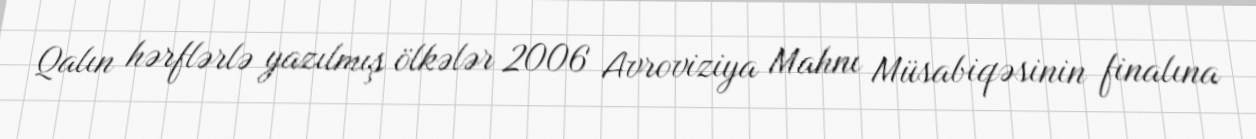
Qalın hərflərlə yazılmış ölkələr 2006 Avroviziya Mahnı Müsabiqəsinin finalına